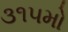
૩૧૫મો